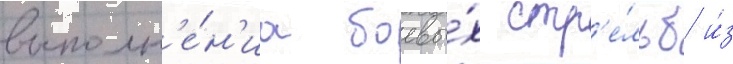
выполн'е́н'иа боевы́х стр'е́льб и́з